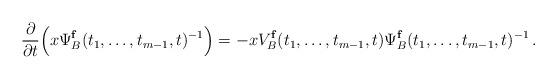
LaTeX: \begin{align*}\frac{\partial}{\partial t}\Big(x\Psi_B^{{\bf f}}(t_1,\ldots,t_{m-1},t)^{-1}\Big) = -xV_B^{{\bf f}}(t_1,\ldots,t_{m-1},t)\Psi_B^{{\bf f}}(t_1,\ldots,t_{m-1},t)^{-1}\,.\end{align*}